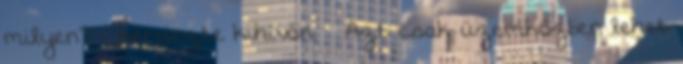
milyen? – kérdezte kihívón. – Azt csak üzemközben lehet